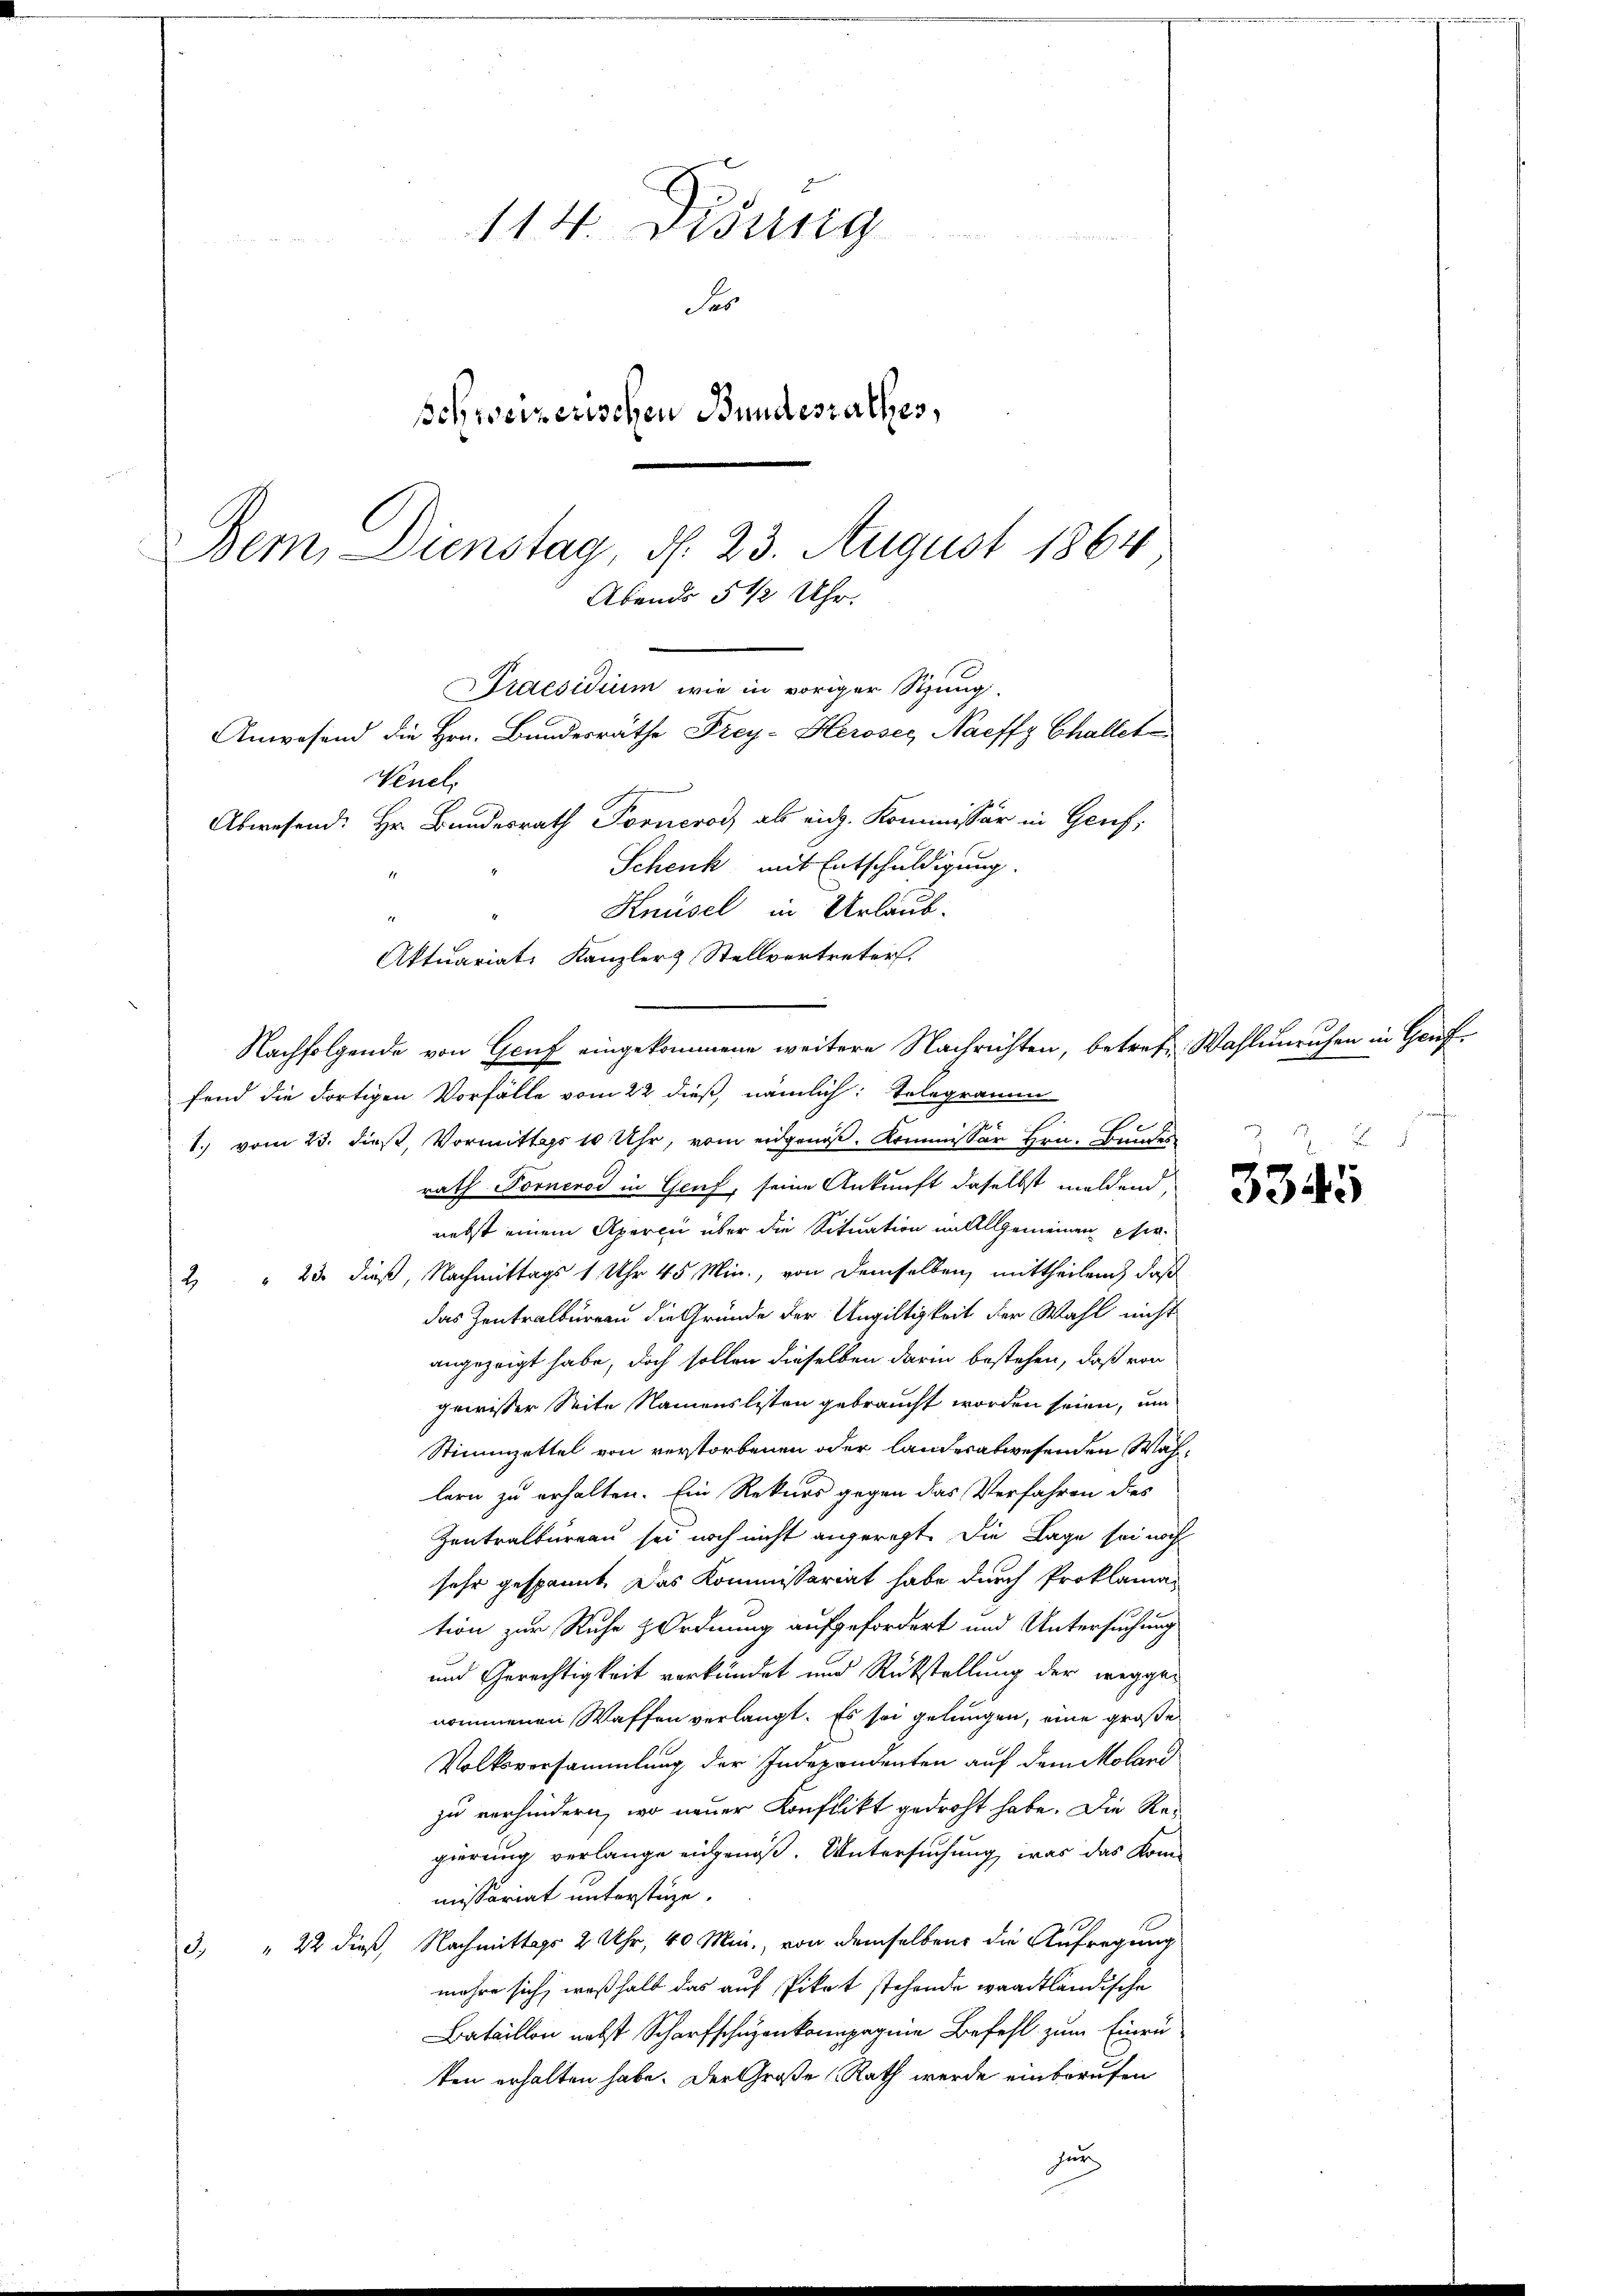
Praesidium wie in voriger Stung.
Anwesend die Hrn. Bundesräthe Frey-Herosec Naeffz Challet
Venel.

114. Didung
Ses
schweizerischen Bundesrathes,
Berm. Dienstag, d. 23. August 1864
Abends 5 ½ Uhr.

Abwesend: Hr. Bundesrath Forneros als eich. Kommissär in Genf,
Schenk mit Entschuldigung.
Knüsel in Urlaub.
11
Aktuariats Kanzler & Stellvertreter.
fend die Fortigen Vorfälle vom 22 dieß, nämlich: Telegramm
E
g
1. vom 23. dieß, Vormittags 10 Uhr, vom eidgenoß, Kommissor Hrn. Bundes
rath Forneros in Genf, seine Ankunft daselbst meldend,
nebst einem Aperin über die Situation allgemeinen Eher¬
2 " 23. dieß, Nachmittags 1 Uhr 45 Min., von demselben, mittheilend, daß
das Zentralbureau die Gründe der Ungültigkeit der Wahl nicht
angezeigt habe, doch sollen dieselben darin bestehen, daß von
gewisser Seite Namenslisten gebraucht worden seien, um
Stimmzettel von verstorbenen oder landesabwesenden Wahlern zu erhalten. Ein Rekurs gegen das Verfahren dies
Zentralbureau sei noch nicht angeregt. Die Lage sei noch
sehr gespannt. Das Kommissariat habe durch Proklamation zur Ruhe Ordnung aufgefordert und Untersuchung
und Gerechtigkeit verkündet und Rückstellung der weggen
nommenen Waffen verlangt. Es sei gelungen, eine große
Volksversammlung der Indepondenten auf dem Molari
zu verhindern, wo neuer Konflikt gedroht habe. Die Regierung verlange eingenoß. Untersuchung, was das Kommissariat unterstüze.
3. " 22 dieß, Nachmittags 2 Uhr, 40 Min., von demselben die Aufregung
mehre sich, weßhalb das auf Pikat stehende waadtländische
Bataillon nebst Scharfschüzenkompagnie Befehl zum Einrüken erhalten habe. Der Große Rath werde einberufen
her

Nachfolgende von Genf eingekommene weitere Nachrichten, betrete Wahlunruhen in Genf¬

3345